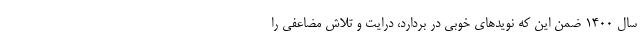
سال ١٤٠٠ ضمن این که نویدهای خوبی در بردارد، درایت و تلاش مضاعفی را